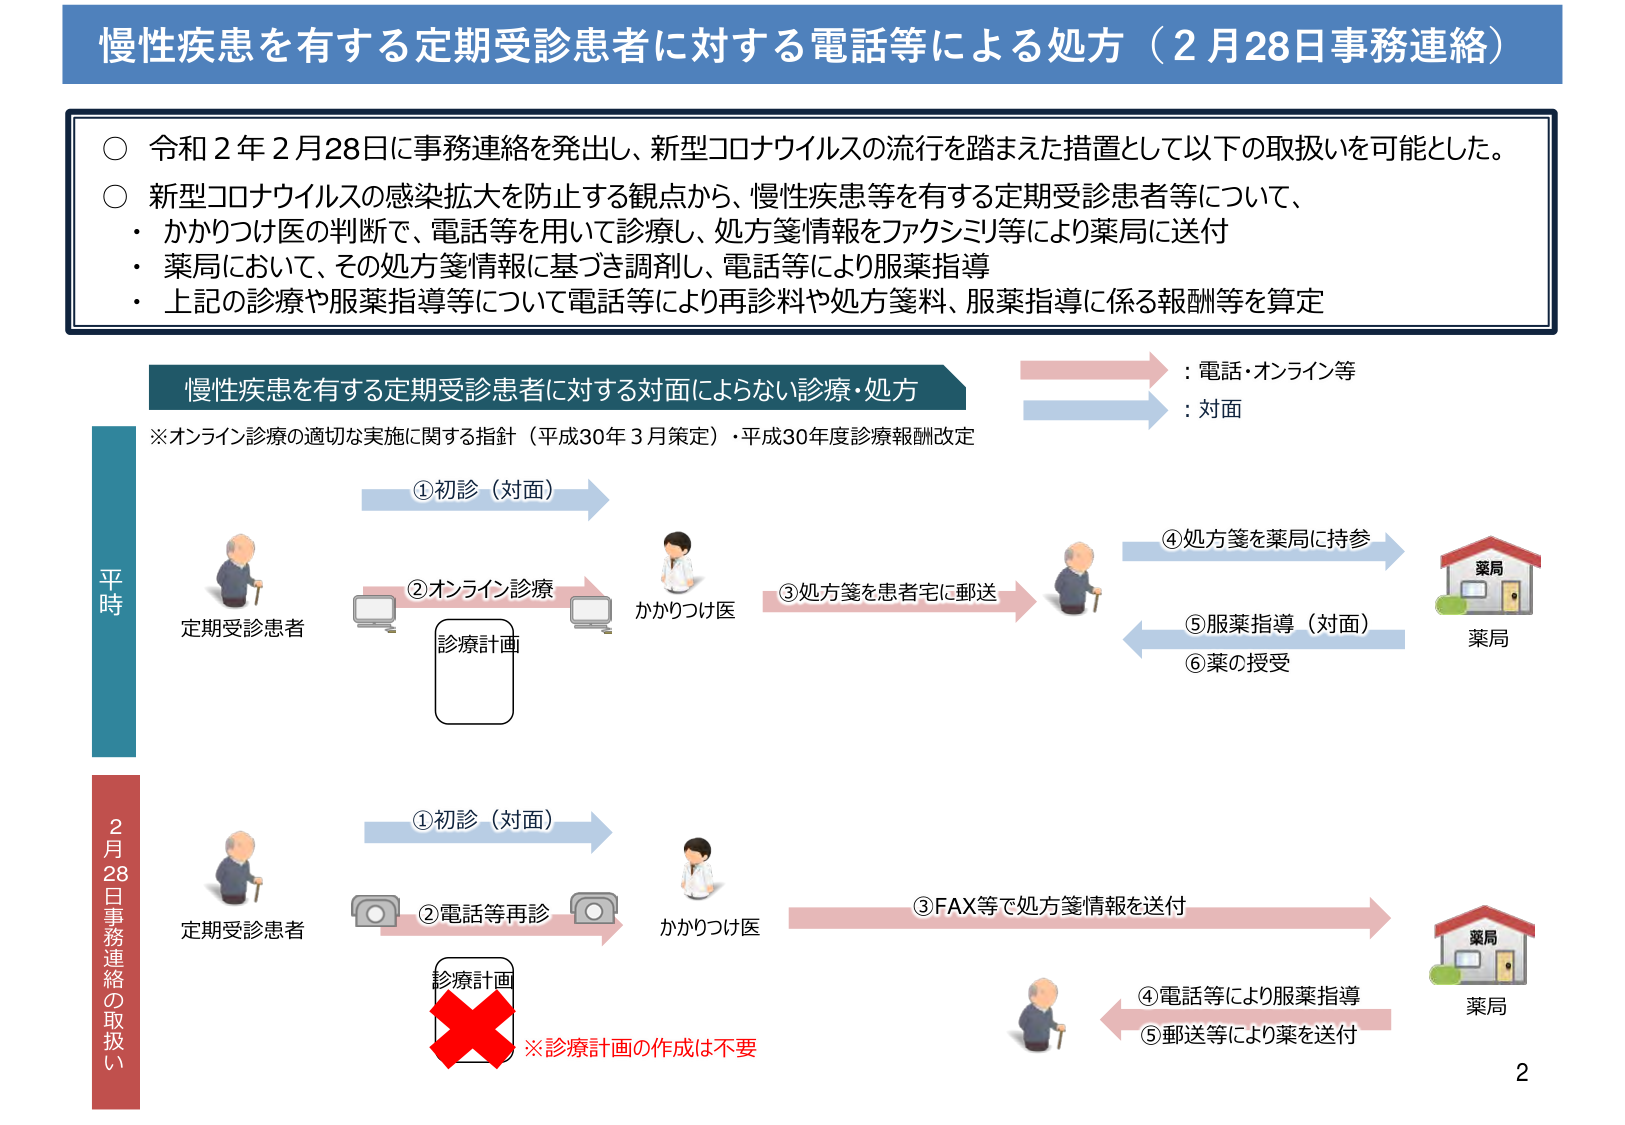
慢性疾患を有する定期受診患者に対する電話等による処方（2月28日事務連絡）

○ 令和2年2月28日に事務連絡を発出し、新型コロナウイルスの流行を踏まえた措置として以下の取扱いを可能とした。
○ 新型コロナウイルスの感染拡大を防止する観点から、慢性疾患等を有する定期受診患者等について、
・ かかりつけ医の判断で、電話等を用いて診療し、処方箋情報をファクシミリ等により薬局に送付
・ 薬局において、その処方箋情報に基づき調剤し、電話等により服薬指導
・ 上記の診療や服薬指導等について電話等により再診料や処方箋料、服薬指導に係る報酬等を算定

慢性疾患を有する定期受診患者に対する対面によらない診療・処方
※オンライン診療の適切な実施に関する指針（平成30年3月策定）・平成30年度診療報酬改定

: 電話・オンライン等
: 対面

平時
①初診（対面）
②オンライン診療
診療計画
③処方箋を患者宅に郵送
④処方箋を薬局に持参
⑤服薬指導（対面）
⑥薬の授受

2月28日事務連絡の取扱い
①初診（対面）
②電話等再診
診療計画
※診療計画の作成は不要
③FAX等で処方箋情報を送付
④電話等により服薬指導
⑤郵送等により薬を送付

薬局
薬局

2